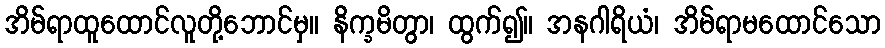
အိမ်ရာထူထောင်လူတို့ဘောင်မှ။ နိက္ခမိတွာ၊ ထွက်၍။ အနဂါရိယံ၊ အိမ်ရာမထောင်သော